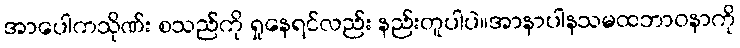
အာပေါကသိုဏ်း စသည်ကို ရှုနေရင်လည်း နည်းတူပါပဲ။အာနာပါနသမထဘာဝနာကို